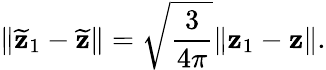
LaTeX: \| \widetilde{\mathbf z}_{1}-\widetilde{\mathbf z}\| =\sqrt{\frac{3}{4\pi}}\| {\mathbf z}_{1}-{\mathbf z}\| .